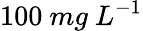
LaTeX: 100\ mg\ L^{-1}